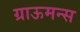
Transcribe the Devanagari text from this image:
ग्राऊमन्स